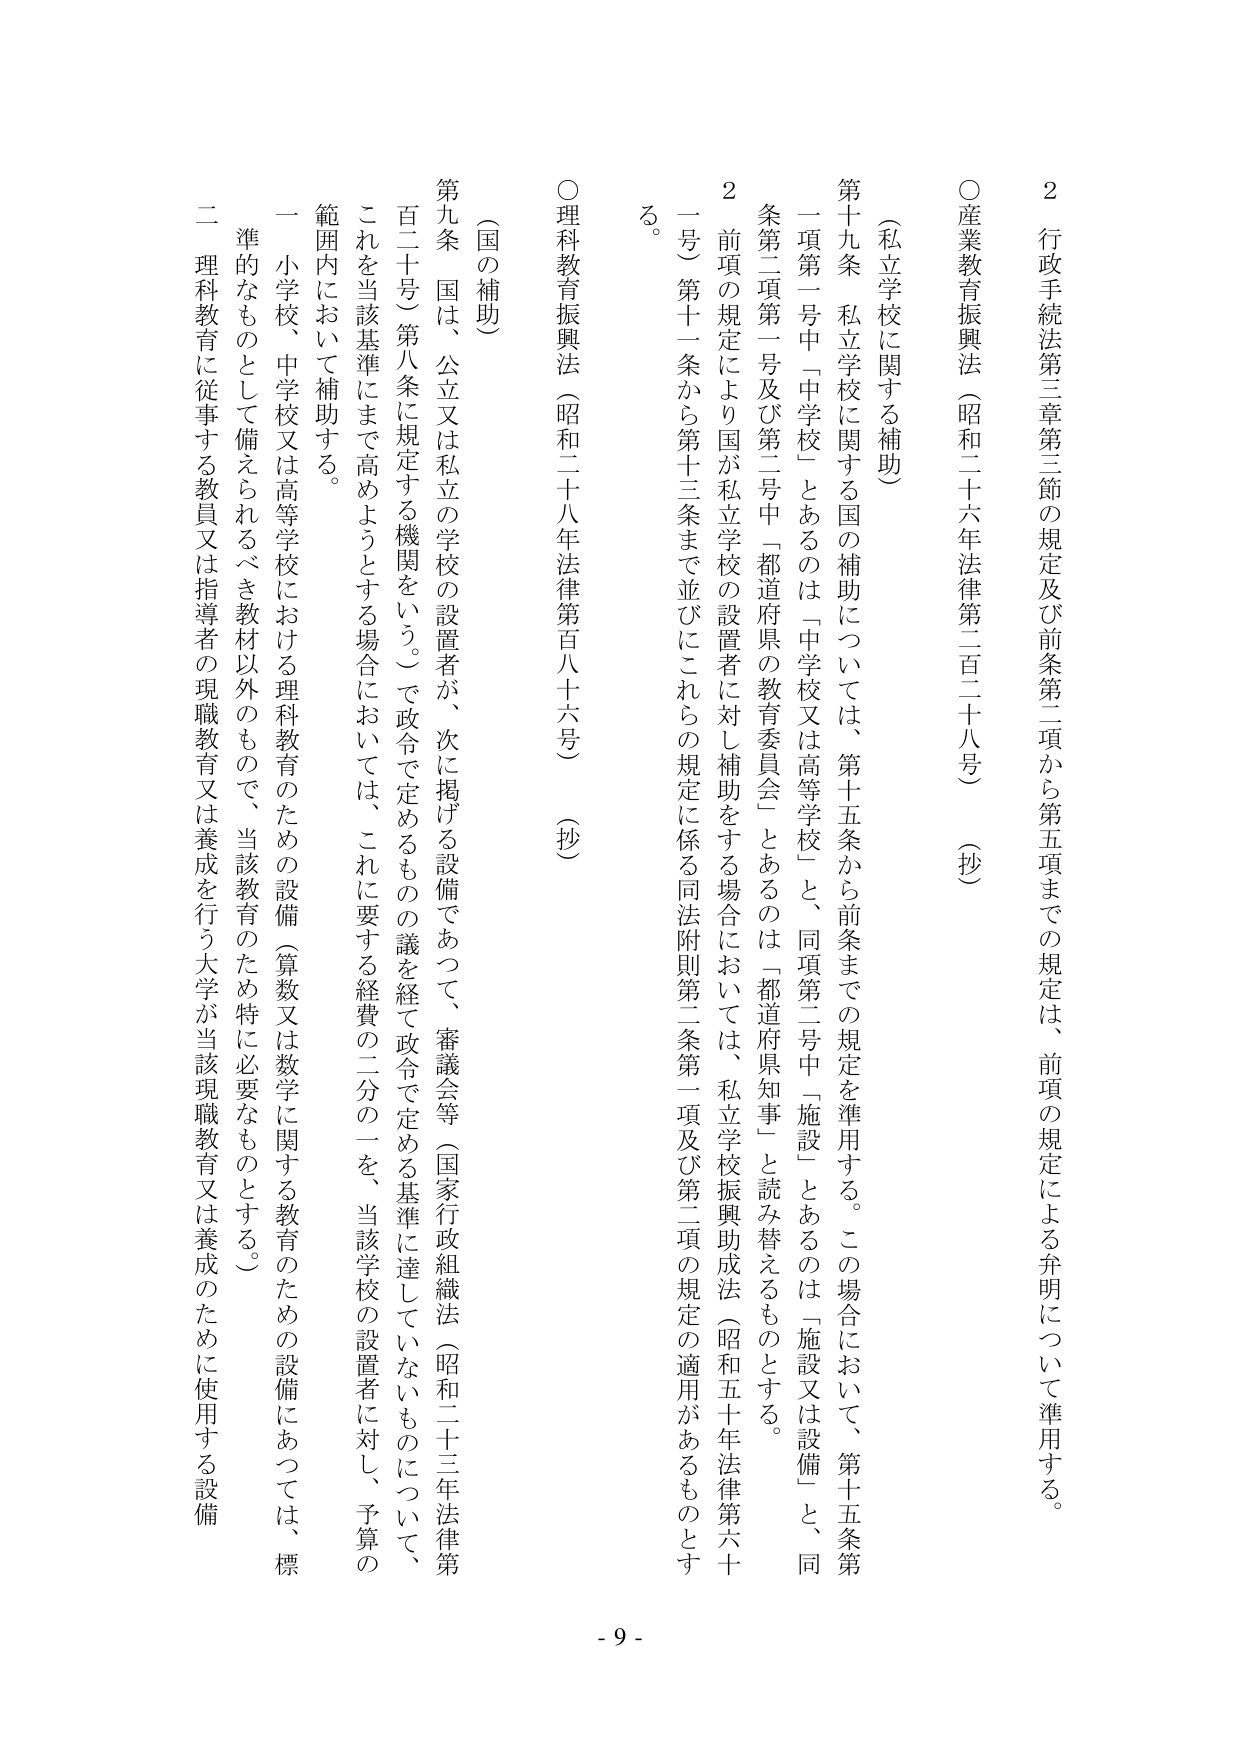
2 行政手続法第三章第三節の規定及び前条第二項から第五項までの規定は、前項の規定による弁明について準用する。

○産業教育振興法（昭和二六年法律第二百二十八号）（抄）

（私立学校に関する補助）

第十九条 私立学校に関する国の補助については、第十五条から前条までの規定を準用する。この場合において、第十五条第一項第一号中「中学校」とあるのは「中学校又は高等学校」と、同項第二号中「施設」とあるのは「施設又は設備」と、同条第二項第一号及び第二号中「都道府県の教育委員会」とあるのは「都道府県知事」と読み替えるものとする。

2 前項の規定により国が私立学校の設置者に対し補助をする場合においては、私立学校振興助成法（昭和五十年法律第六十号）第十一条から第十三条まで並びにこれらの規定に係る同法附則第二条第一項及び第二項の規定の適用があるものとする。

○理科教育振興法（昭和二八年法律第百八十六号）（抄）

（国の補助）

第九条 国は、公立又は私立の学校の設置者が、次に掲げる設備であつて、審議会等（国家行政組織法（昭和二三年法律第百二十号）第八条に規定する機関をいう。）で政令で定めるものの議を経て政令で定める基準に達していないものについて、これを当該基準にまで高めようとする場合においては、これに要する経費の二分の一を、当該学校の設置者に対し、予算の範囲内において補助する。

一 小学校、中学校又は高等学校における理科教育のための設備（算数又は数学に関する教育のための設備にあつては、標準的なものとして備えられるべき教材以外のもので、当該教育のため特に必要なものとする。）

二 理科教育に従事する教員又は指導者の現職教育又は養成を行う大学が当該現職教育又は養成のために使用する設備

- 9 -